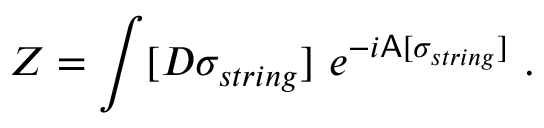
Z = \int [ D \sigma _ { s t r i n g } ] \ e ^ { - i { \sf A } [ \sigma _ { s t r i n g } ] } \ .